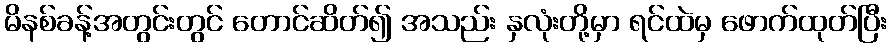
မိနစ်ခန့်အတွင်းတွင် တောင်ဆိတ်၍ အသည်း နှလုံးတို့မှာ ရင်ထဲမှ ဖောက်ထုတ်ပြီး